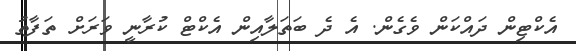
އެކްޓިން ދައްކަން ވެގެން. އެ ދެ ބަތަލާއިން އެކްޓް ކުރާނީ ވަރަށް ތަފާތު